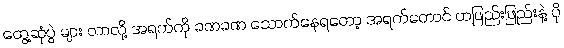
တွေ့ဆုံပွဲ များ လာလို့ အရက်ကို ခဏခဏ သောက်နေရတော့ အရက်တောင် တဖြည်းဖြည်းနဲ့ ပို